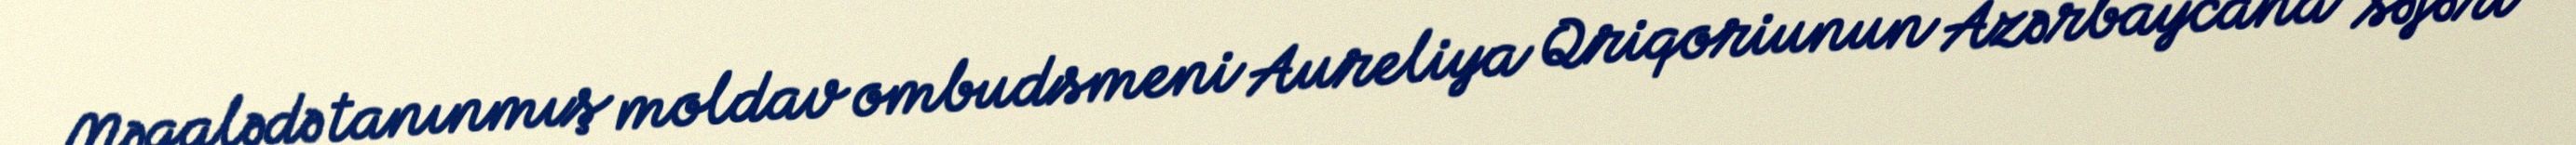
Məqalədə tanınmış moldav ombudsmeni Aureliya Qriqoriunun Azərbaycana səfəri